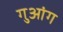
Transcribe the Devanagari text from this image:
गुआंग